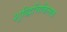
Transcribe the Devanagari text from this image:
शुद्धिचिकित्सक